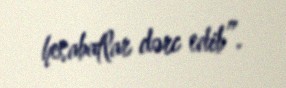
hesabatlar dərc edib”.